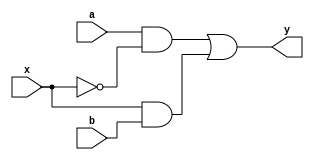
module mux2_1(y,a,b,x);
input a,b,x;
output y;
wire w1,w2,w3;
not n1(w1,x);
and a1(w2,a,w1);
and a2(w3,x,b);
or o1(y,w2,w3);
endmodule